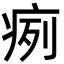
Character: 㾐